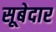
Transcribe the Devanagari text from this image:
सूबेदार